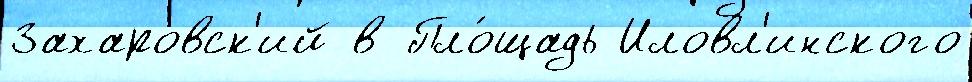
Захаровск'ий в Пло́щадь Иловл'инского